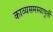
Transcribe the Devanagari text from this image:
काव्यसमस्यापूर्ती